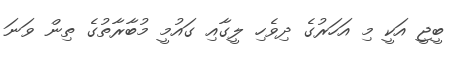
ބީޖީ އަކީ މި އަހަރުގެ ދިވެހި ލީގާއި ގައުމީ މުބާރާތުގެ ތިން ވަނަ